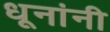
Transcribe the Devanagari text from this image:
धूनांनी